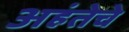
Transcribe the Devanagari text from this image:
अहंतेचे